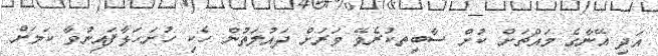
އަދި އޭނާގެ މައްޗަށް ކުށް ސާބިތކުރެވޭ ވަރަށް ދައުލަތުން ހެކި ހުށަހަޅާފައިނުވާ ކަމަށް